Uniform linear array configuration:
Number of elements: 48
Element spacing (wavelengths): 0.5
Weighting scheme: hamming
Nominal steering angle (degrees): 30
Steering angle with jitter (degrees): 30.646
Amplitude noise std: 0.05
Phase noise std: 0.05

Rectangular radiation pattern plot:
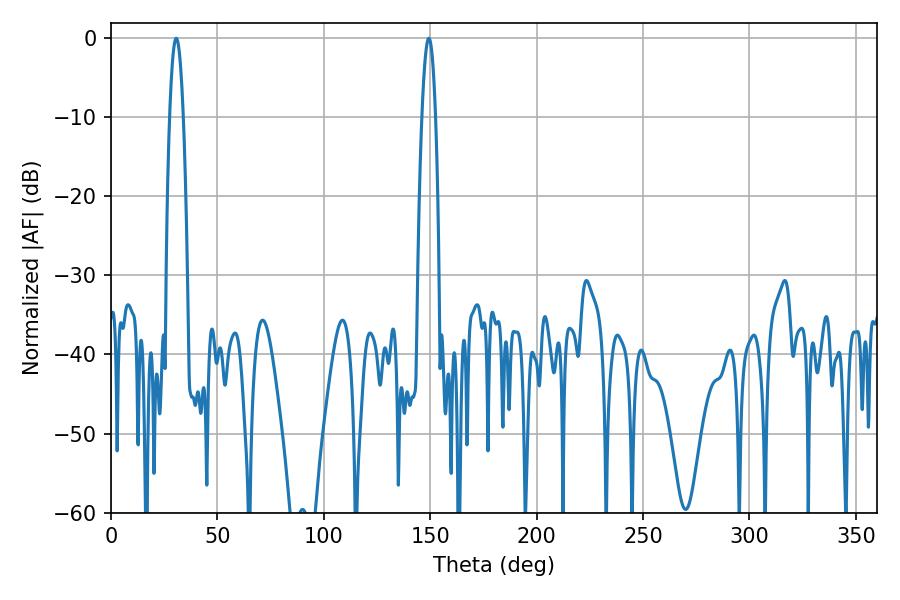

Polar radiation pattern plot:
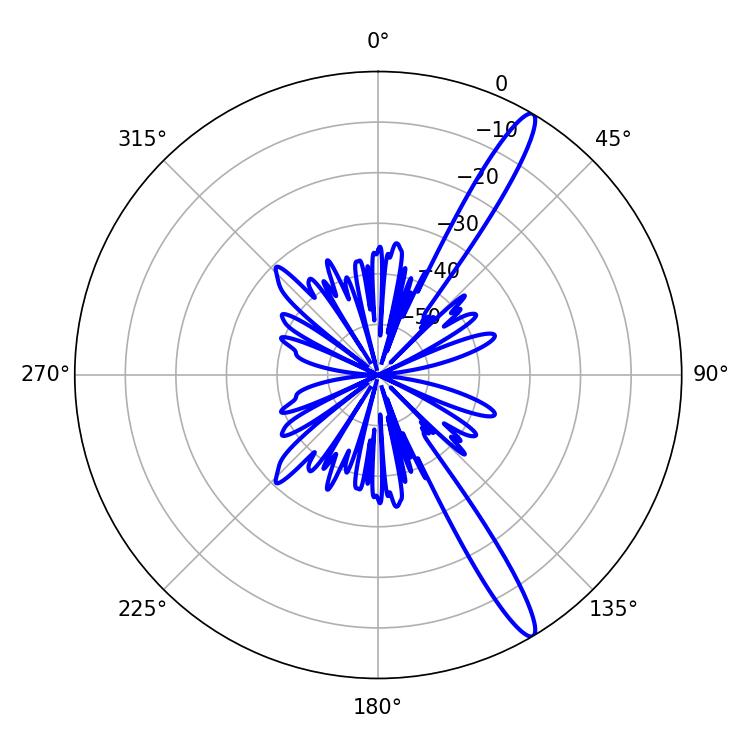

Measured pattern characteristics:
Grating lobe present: FALSE
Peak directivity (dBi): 14.671
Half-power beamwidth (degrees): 3.42
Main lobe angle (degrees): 30.6